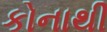
કોનાથી